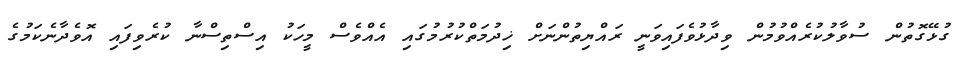
ގުޅޭގޮތުން ސުވާލުކުރެއްވުމުން ވިދާޅުވެފައިވަނީ ރައްޔިތުންނަށް ޚިދުމަތްކުރުމުގައި އެއްވެސް މީހަކު އިސްތިސްނާ ކުރެވިފައި އޮވެދާނެކަމުގެ